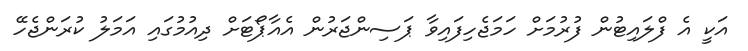
އަކީ އެ ފްލައިޓުން ފުރުމަށް ހަމަޖެހިފައިވާ ޕަސިންޖަރުން އެއާޕޯޓަށް ދިއުމުގައި އަމަލު ކުރަންޖެހޭ